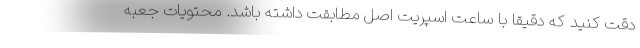
دقت کنید که دقیقا با ساعت اسپریت اصل مطابقت داشته باشد. محتویات جعبه